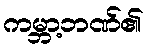
ကမ္ဘာ့ဘဏ်၏